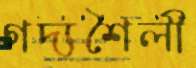
গদ্যশৈলী